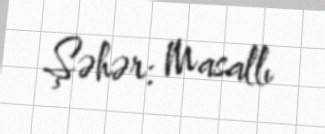
Şəhər: Masallı